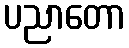
ပညာတော